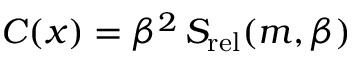
{ \cal C } ( x ) = \beta ^ { 2 } \, S _ { \mathrm { r e l } } ( m , \beta )